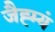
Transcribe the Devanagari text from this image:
जैह्म्यं